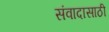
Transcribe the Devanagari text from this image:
संवादासाठी